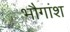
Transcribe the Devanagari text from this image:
भौगांश